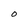
Character: O